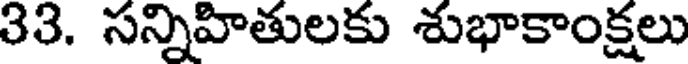
33. సన్నిహితులకు శుభాకాంక్షలు